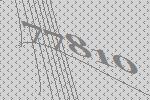
77810